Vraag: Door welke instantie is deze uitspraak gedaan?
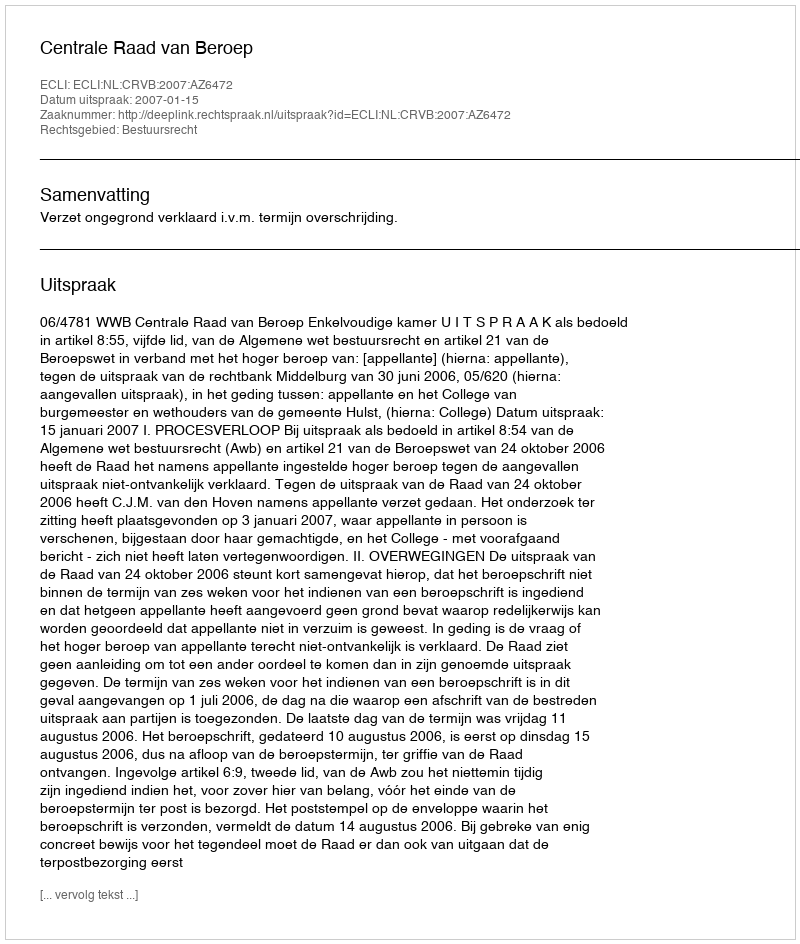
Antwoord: Centrale Raad van Beroep